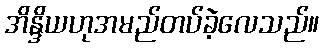
အိန္ဒိယဟုအမည်တပ်ခဲ့လေသည်။